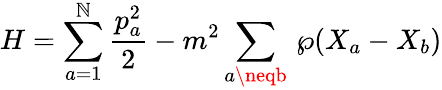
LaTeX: H=\sum_{a=1}^{\mathbb{N}}\frac{{p_{a}^{2}}}{{2}}-m^{2}\sum_{a\neqb}\, {\wp}(X_{a}-X_{b})